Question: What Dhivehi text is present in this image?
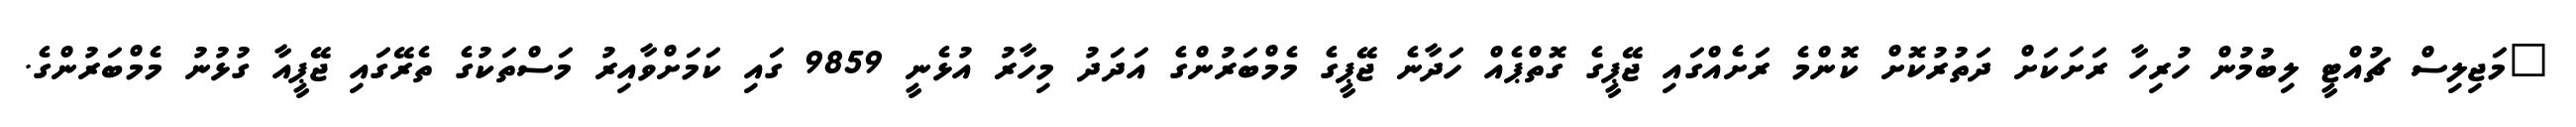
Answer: "މަޖިލިސް ޗުއްޓީ ލިބުމުން ހުރިހާ ރަށަކަށް ދަތުރުކޮށް ކޮންމެ ރަށެއްގައި ޖޭޕީގެ ގޮތްޕެއް ހަދާނެ ޖޭޕީގެ މެމްބަރުންގެ އަދަދު މިހާރު އުޅެނީ 9859 ގައި ކަމަށްވާއިރު މަސްތަކުގެ ތެރޭގައި ޖޭޕީއާ ގުޅުނު މެމްބަރުންގެ.